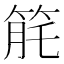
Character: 𥭬